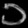
Digit: ၁